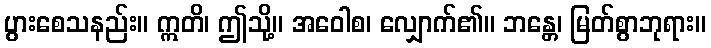
ပွားစေသနည်း။ ဣတိ၊ ဤသို့။ အဝေါစ၊ လျှောက်၏။ ဘန္တေ၊ မြတ်စွာဘုရား။